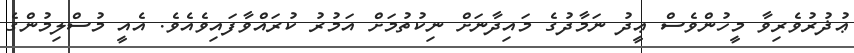
ޢުޛުރުވެރިވާ މީހުންވެސް ޢީދު ނަމާދުގެ މައިދާނަށް ނިކުތުމަށް އަމުރު ކުރައްވާފައިވެއެވެ. އެއީ މުސްލިމުންގެ